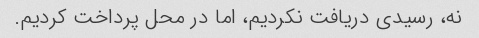
نه، رسیدی دریافت نکردیم، اما در محل پرداخت کردیم.